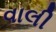
વાલી